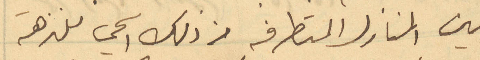
بين المنازل المتطرفه من ذلك الحي للنزهة